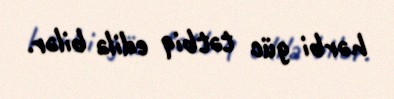
hərbi güc tətbiq edilə bilər.